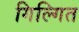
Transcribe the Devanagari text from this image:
गिल्गित